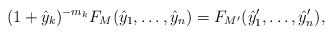
\begin{align*}(1 + \hat y_k)^{-m_k} F_M(\hat y_1, \dots, \hat y_n) = F_{M'}(\hat y_1', \dots, \hat y_n'),\end{align*}